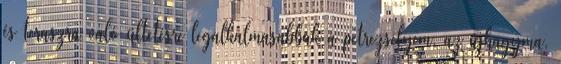
és teraszra való ültetésre legalkalmasabbak a petrezselyem, az újhagyma,